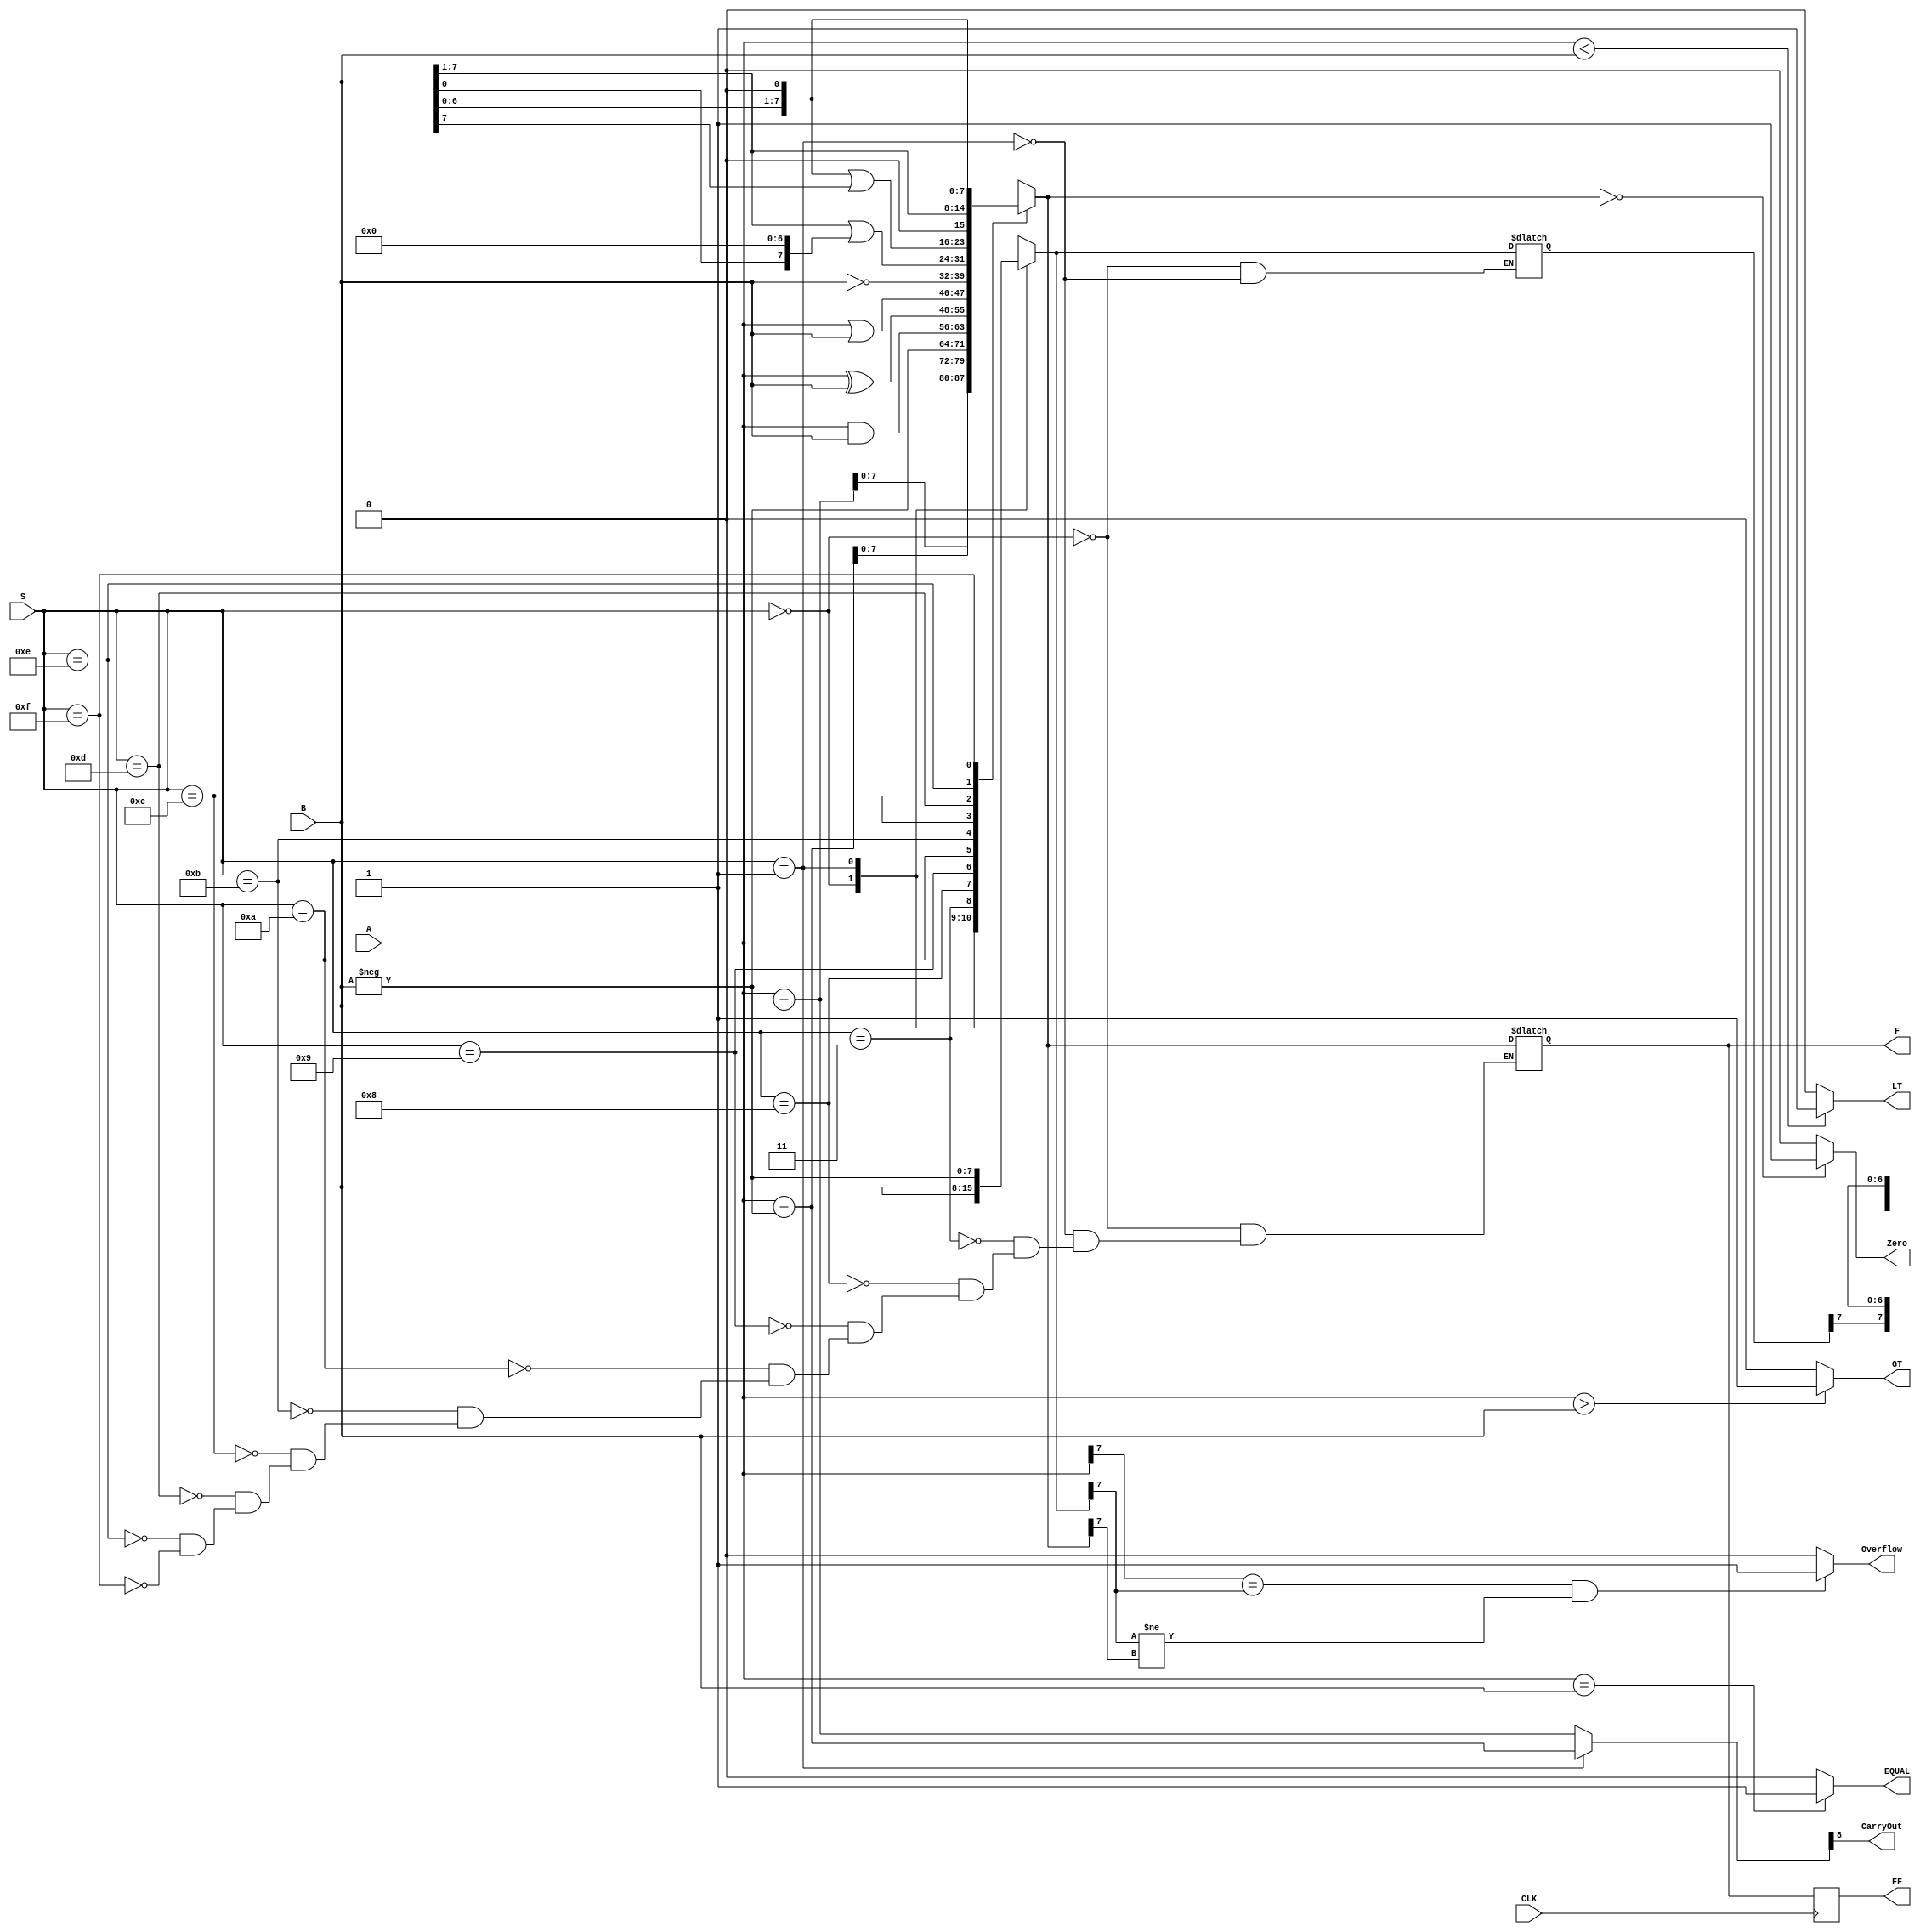
module ALU(CLK,A,B,S,EQUAL,GT,LT,Zero,CarryOut,Overflow,F,FF);
input [7:0]A,B;
input [3:0]S;
input CLK;
output reg EQUAL,GT,LT,Zero,CarryOut,Overflow;
output reg [7:0] F,FF;
reg [8:0] FEXT;
reg [7:0]BX;

always@(posedge CLK)
begin
FF <=F;
end

always @(*)
	begin
		
		case(S)
		4'b0000:begin
		BX=B;
		FEXT= A+BX;
		F = FEXT[7:0];
			
		end
		4'b0001:
		begin
		BX=-B;
		FEXT=A+BX;
		F = FEXT[7:0];
		
		end
		4'b0011:F=-B;
		4'b1000:F=A&B;
		4'b1001:F=A^B;
		4'b1010:F=A|B;
		4'b1011:F=~B;
		4'b1100:F=(B>>1)|({B[0], {7{1'b0}}});
		4'b1101:F=(B<<1)|({{7{1'b0}}, B[7]});
		4'b1110:F=B>>1;
		4'b1111:F=B<<1;
		//default:0;
		
		endcase
		GT= (A>B)?1'b1:1'b0;
		LT= (A<B)?1'b1:1'b0;
		EQUAL= (A==B)?1'b1:1'b0;
		Zero = (F==0)?1'b1:1'b0;
		if((A[7]==BX[7])&&(BX[7]!=F[7]))
		Overflow =1;
		else
		Overflow=0;
		CarryOut=FEXT[8];
	end


endmodule